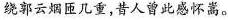
绕郭云烟匝几重，昔人曾此感怀嵩。